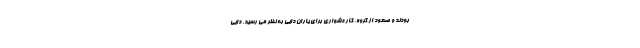
بودند و صعود از گروه، کار دشواری برای یاران دایی به نظر می رسید. دایی